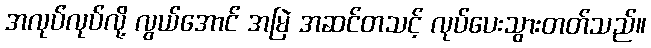
အလုပ်လုပ်လို့ လွယ်အောင် အမြဲ အဆင်တသင့် လုပ်ပေးသွားတတ်သည်။